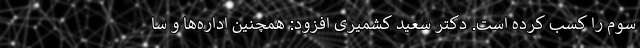
سوم را کسب کرده است. دکتر سعید کشمیری افزود: همچنین اداره‌ها و سا